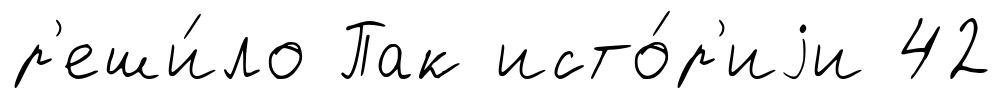
р'еши́ло Пак исто́р'иjи 42